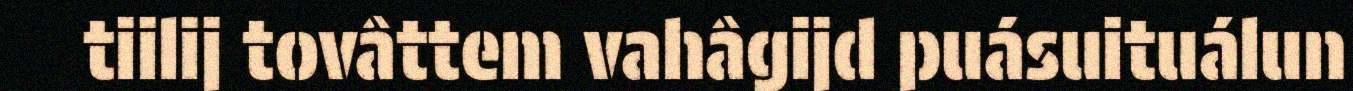
tiilij tovâttem vahâgijd puásuituálun